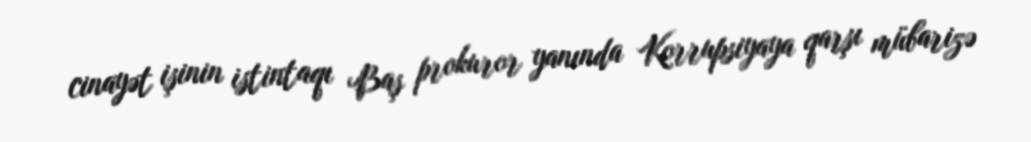
cinayət işinin istintaqı Baş prokuror yanında Korrupsiyaya qarşı mübarizə